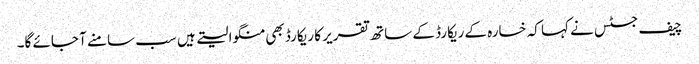
چیف جسٹس نے کہا کہ خسارہ کے ریکارڈ کے ساتھ تقریر کا ریکارڈ بھی منگوا لیتے ہیں سب سامنے آ جائے گا۔